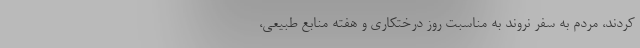
کردند، مردم به سفر نروند به مناسبت روز درختکاری و هفته منابع طبیعی،